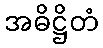
အဓိဋ္ဌိတံ